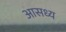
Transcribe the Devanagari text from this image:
आसध्य